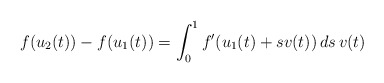
\begin{align*}f(u_2(t))-f(u_1(t))=\int_0^1f'(u_1(t)+s v(t))\,ds\, v(t)\end{align*}